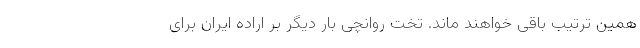
همین ترتیب باقی خواهند ماند. تخت روانچی بار دیگر بر اراده ایران برای